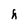
Character: h